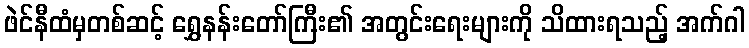
ဖဲင်နီထံမှတစ်ဆင့် ရွှေနန်းတော်ကြီး၏ အတွင်းရေးများကို သိထားရသည့် အက်ဂါ